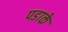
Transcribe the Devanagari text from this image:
पडाके